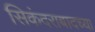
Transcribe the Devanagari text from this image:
सिकंदराबादच्या